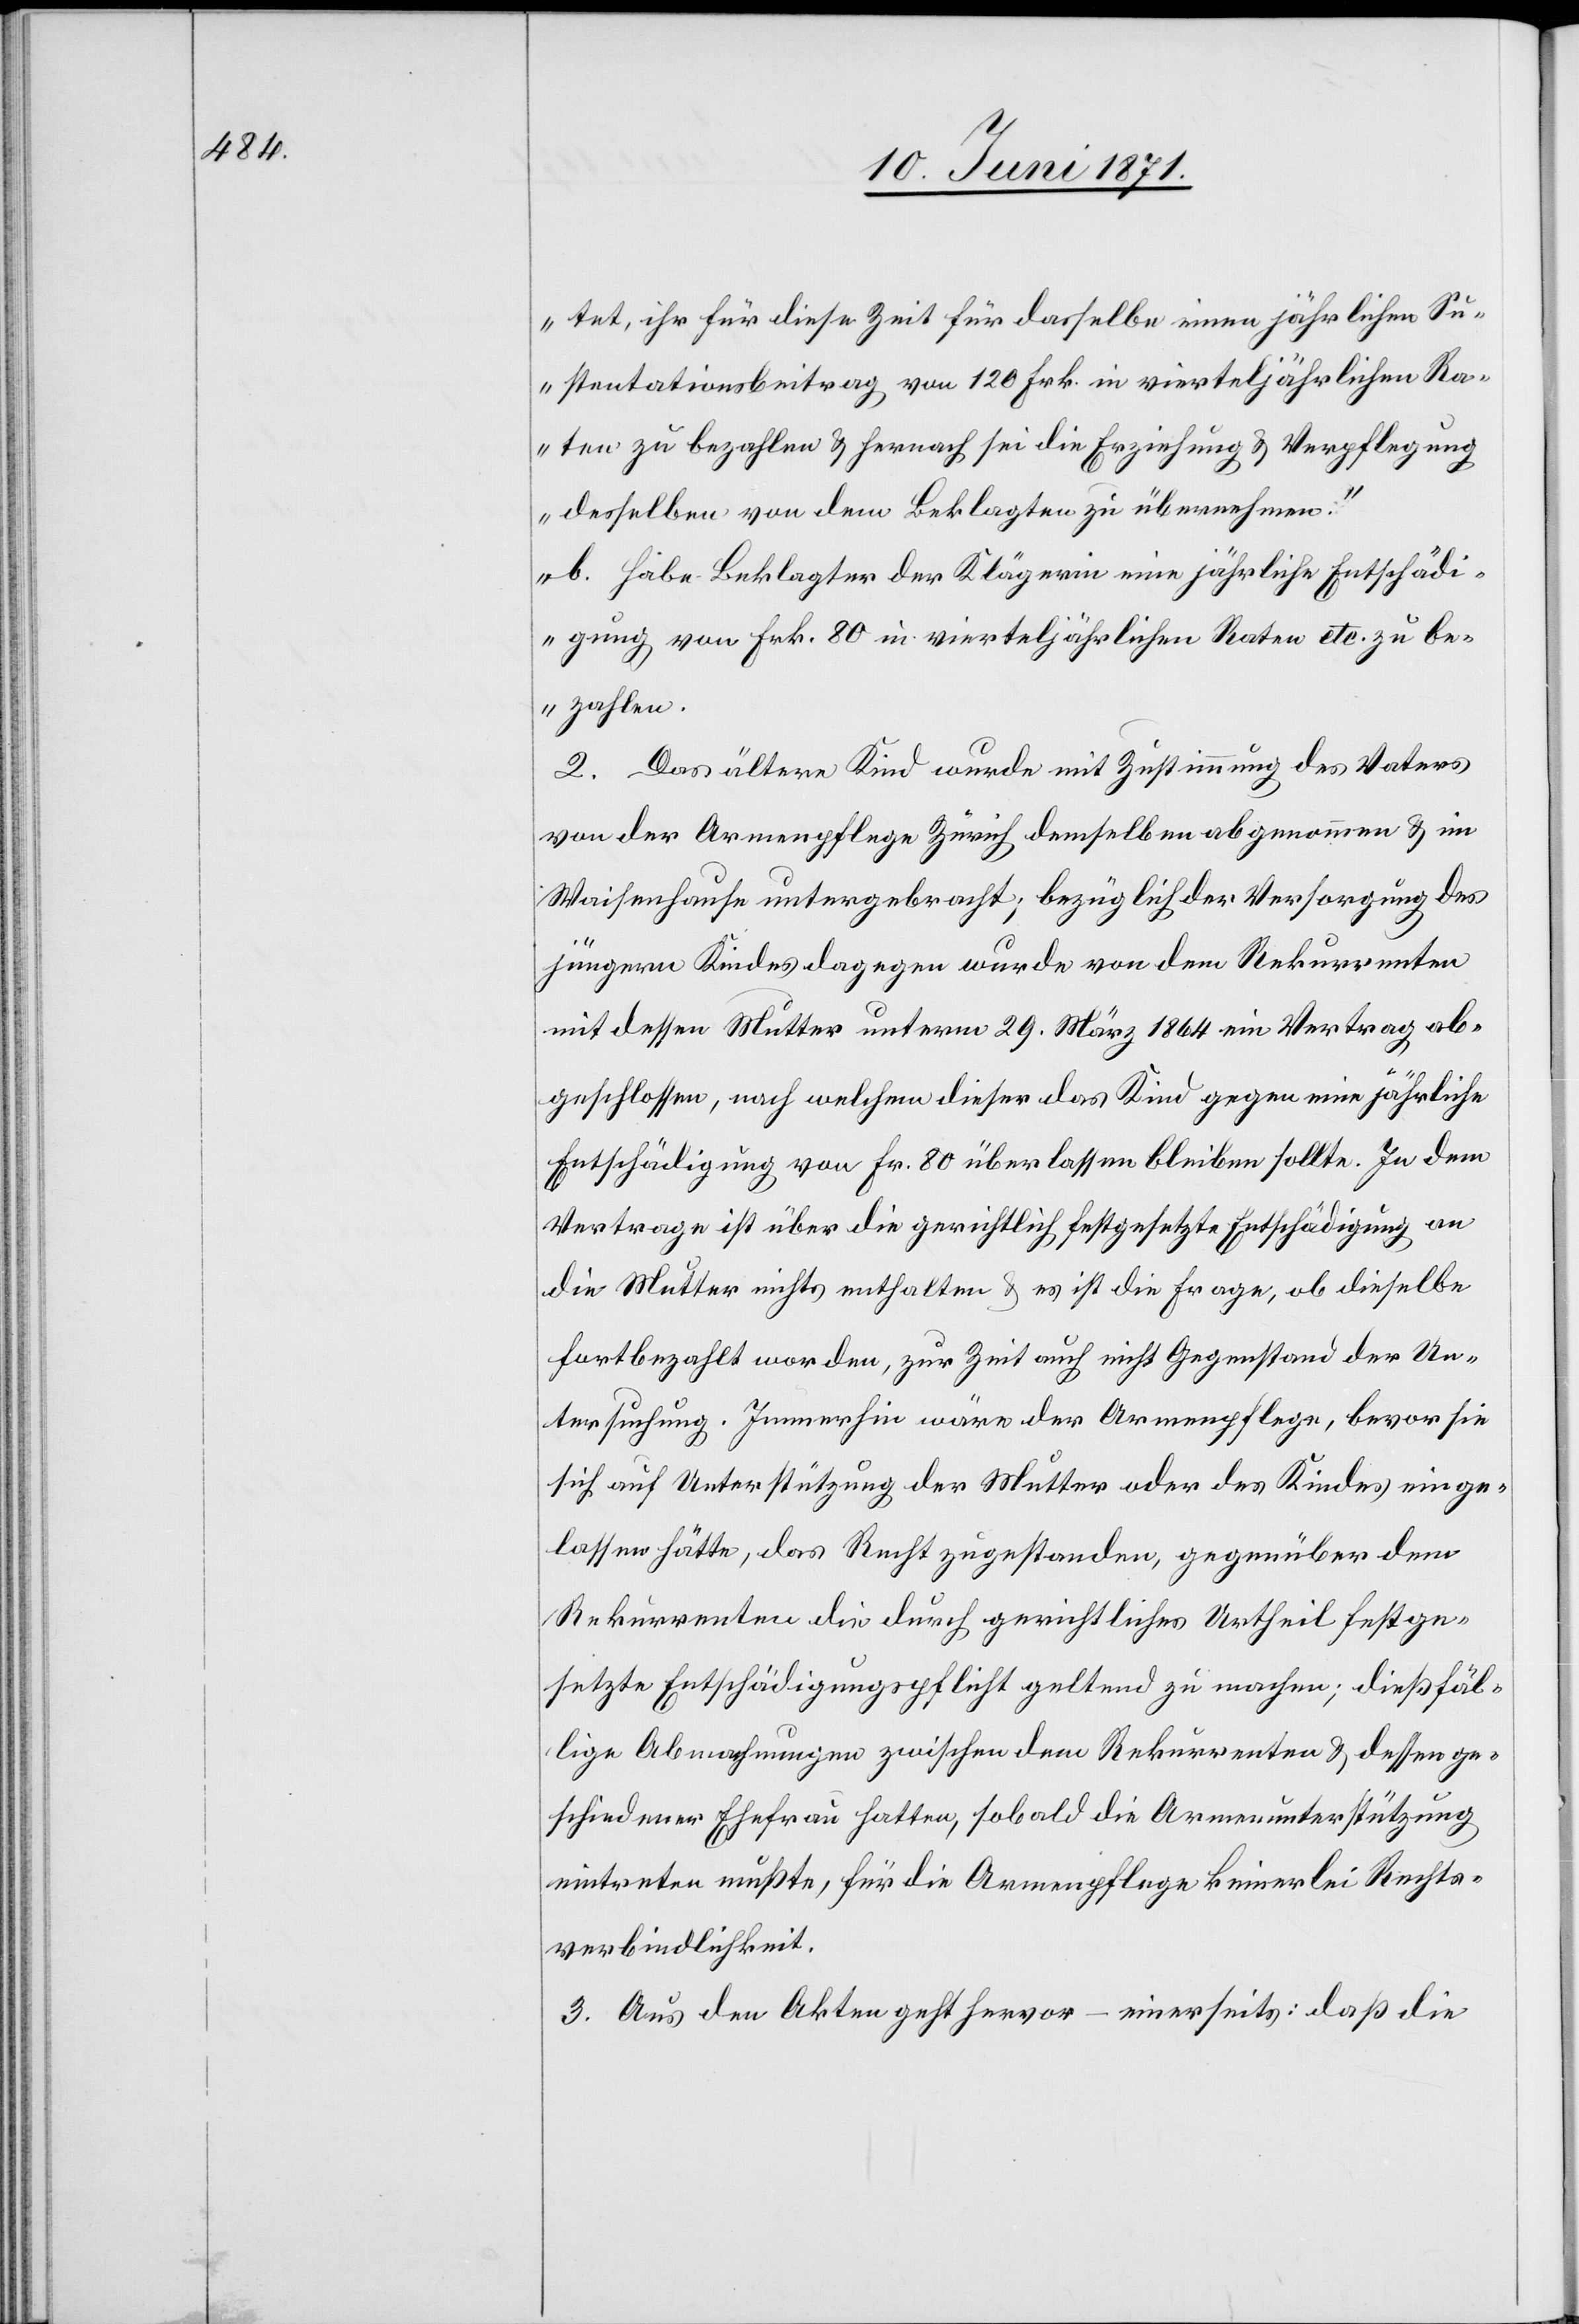
tet, ihr für diese Zeit für dasselbe einen jährlichen Su¬
stentationsbeitrag von 120 Frk. in vierteljährlichen Ra¬
ten zu bezahlen u. hernach sei die Erziehung u. Verpflegung
desselben von dem Beklagten zu übernehmen.“
b. Habe Beklagter der Klägerin eine jährlichen Entschädi¬
gung von Frk. 80 in vierteljährlichen Raten etc. zu be¬
zahlen.
2. Das ältere Kind wurde mit Zustimmung des Vaters
von der Armenpflege Zürich demselben abgenommen u. im
Waisenhause untergebracht; bezüglich der Versorgung des
jüngeren Kindes dagegen wurde von dem Rekurrenten
mit dessen Mutter unterm 29. März 1864 ein Vertrag ab¬
geschlossen, nach welchem dieser das Kind gegen eine jährliche
Entschädigung von Fr. 80 überlassen bleiben sollte. In dem
Vertrage ist über die gerichtlich festgesetzte Entschädigung an
die Mutter nichts enthalten u. es ist die Frage, ob dieselbe
fortbezahlt worden, zur Zeit auch nicht Gegenstand der Un¬
tersuchung. Immerhin wäre der Armenpflege, bevor sie
sich auf Unterstützung der Mutter oder des Kindes einge¬
lassen hätte, das Recht zugestanden, gegenüber dem
Rekurrenten die durch gerichtliches Urtheil festge¬
setzte Entschädigungspflicht geltend zu machen; dießfäl¬
lige Abmachungen zwischen dem Rekurrenten u. dessen ge¬
schiedener Ehefrau hatten, sobald die Armenunterstützung
eintreten mußte, für die Armenpflege keinerlei Rechts¬
verbindlichkeit.
3. Aus den Akten geht hervor – einerseits: daß die